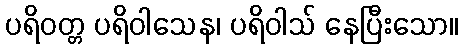
ပရိဝတ္တ ပရိဝါသေန၊ ပရိဝါသ် နေပြီးသော။